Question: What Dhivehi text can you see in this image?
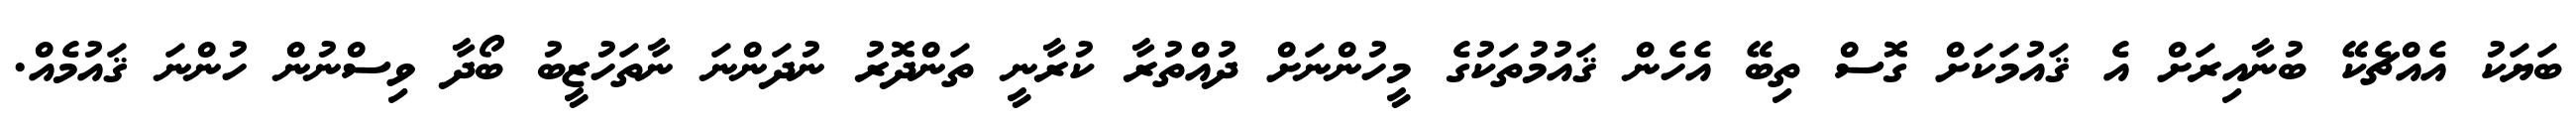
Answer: ބަޔަކު އެއްޗެކޭ ބުނާއިރަށް އެ ޤައުމަކަށް ގޮސް ތިބޭ އެހެން ޤައުމުތަކުގެ މީހުންނަށް ދުއްތުރާ ކުރާނީ ތަންދޮރު ނުދަންނަ ނާތަހުޒީބު ބޯދާ ވިސްނުން ހުންނަ ޤައުމެއް.